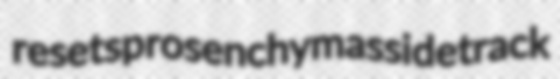
resets prosenchymas sidetrack